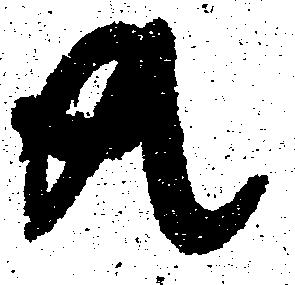
共